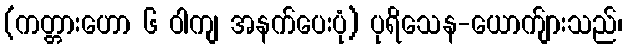
(ကတ္တားဟော ၆ ဝါကျ အနက်ပေးပုံ) ပုရိသေန-ယောက်ျားသည်၊